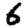
Digit: 6